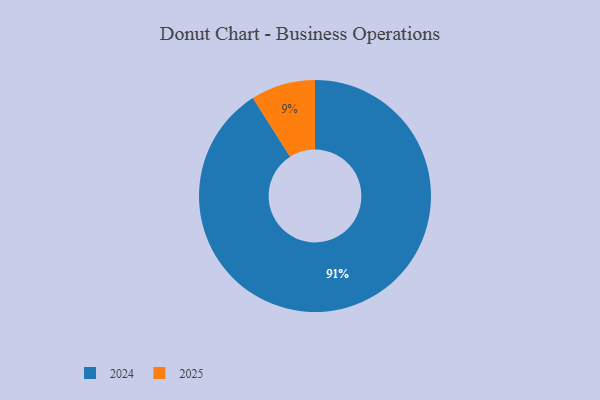
{"axis": {"x": "Category", "y": "Percentage"}, "legend": ["2024", "2025"], "data": [{"x": "2025", "y": 9, "type": "2025"}, {"x": "2024", "y": 91, "type": "2024"}]}